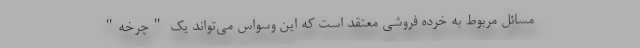
مسائل مربوط به خرده فروشی معتقد است که این وسواس می‌تواند یک "چرخه"